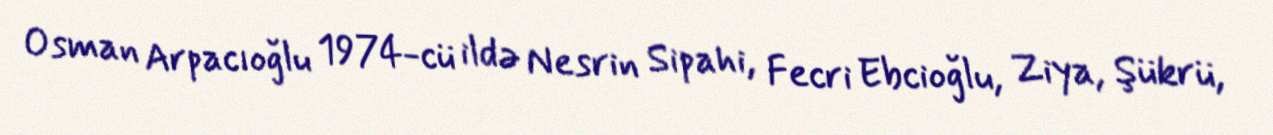
Osman Arpacıoğlu 1974-cü ildə Nesrin Sipahi, Fecri Ebcioğlu, Ziya, Şükrü,